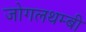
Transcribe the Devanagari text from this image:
जोगलथम्बी